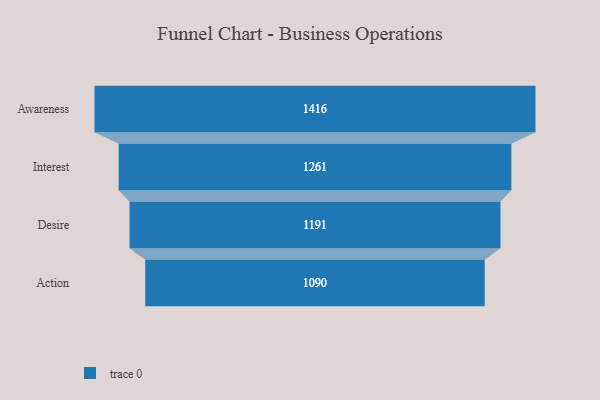
{"axis": {"x": "Stage", "y": "Value"}, "legend": [""], "data": [{"x": "Awareness", "y": 1416.0, "type": ""}, {"x": "Interest", "y": 1261.0, "type": ""}, {"x": "Desire", "y": 1191.0, "type": ""}, {"x": "Action", "y": 1090.0, "type": ""}]}